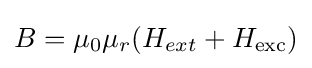
B=\mu _{0}\mu _{r}(H_{ext}+H_{\text{exc}})